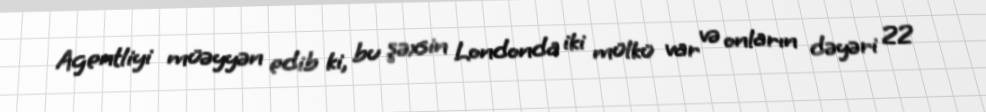
Agentliyi müəyyən edib ki, bu şəxsin Londonda iki mülkü var və onların dəyəri 22